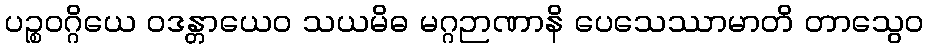
ပဉ္စဝဂ္ဂိယေ ဝဒန္တာယေဝ သယမိဓ မဂ္ဂဉာဏာနိ ပေသေဿာမာတိ တာသွေဝ